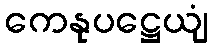
ကေနုပဋ္ဌေယျံ